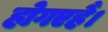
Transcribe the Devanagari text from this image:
होगएहैं।